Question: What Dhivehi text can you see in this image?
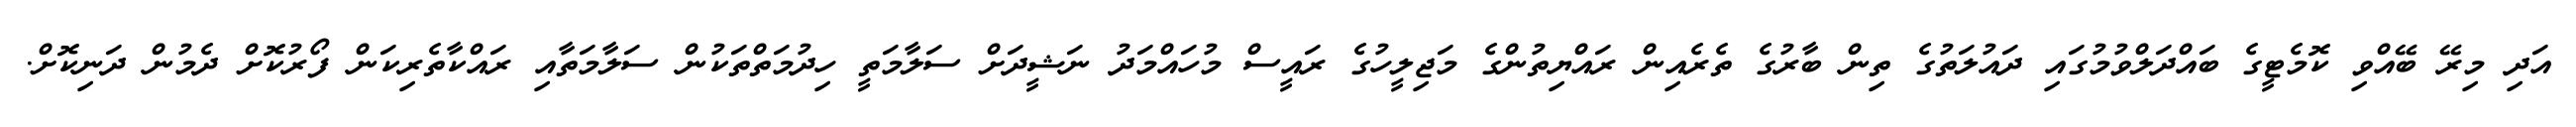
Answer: އަދި މިރޭ ބޭއްވި ކޮމެޓީގެ ބައްދަލްވުމުގައި ދައުލަތުގެ ތިން ބާރުގެ ތެރެއިން ރައްޔިތުންގެ މަޖިލީހުގެ ރައީސް މުހައްމަދު ނަޝީދަށް ސަލާމަތީ ހިދުމަތްތަކުން ސަލާމަތާއި ރައްކާތެރިކަން ފޯރުކޮށް ދެމުން ދަނިކޮށް.